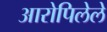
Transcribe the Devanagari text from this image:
आरोपिलेले